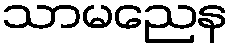
သာမညေန